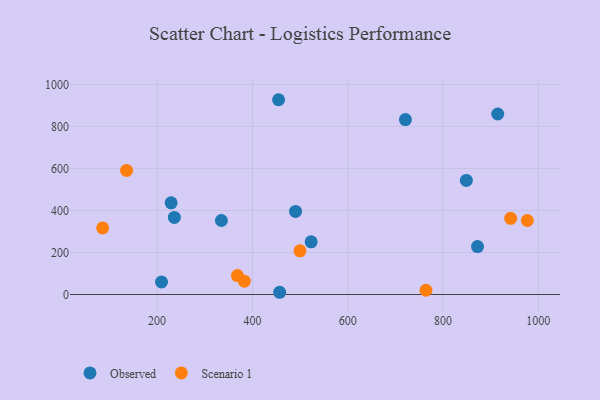
{"axis": {"x": "Distance", "y": "Yield"}, "legend": ["Observed", "Scenario 1"], "data": [{"x": "334.9", "y": 352.2, "type": "Observed"}, {"x": "457.2", "y": 10.6, "type": "Observed"}, {"x": "848.9", "y": 542.9, "type": "Observed"}, {"x": "914.8", "y": 859.1, "type": "Observed"}, {"x": "872.4", "y": 228.2, "type": "Observed"}, {"x": "721.1", "y": 832.7, "type": "Observed"}, {"x": "209.3", "y": 59.4, "type": "Observed"}, {"x": "454.9", "y": 927.0, "type": "Observed"}, {"x": "236.2", "y": 366.6, "type": "Observed"}, {"x": "229.4", "y": 436.4, "type": "Observed"}, {"x": "523.3", "y": 250.9, "type": "Observed"}, {"x": "490.5", "y": 395.2, "type": "Observed"}, {"x": "764.2", "y": 20.2, "type": "Scenario 1"}, {"x": "368.6", "y": 90.3, "type": "Scenario 1"}, {"x": "977.0", "y": 352.1, "type": "Scenario 1"}, {"x": "85.7", "y": 316.8, "type": "Scenario 1"}, {"x": "941.9", "y": 362.6, "type": "Scenario 1"}, {"x": "499.8", "y": 208.1, "type": "Scenario 1"}, {"x": "383.1", "y": 63.6, "type": "Scenario 1"}, {"x": "135.9", "y": 590.4, "type": "Scenario 1"}]}